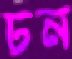
ঢন